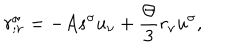
r _ { ; \nu } ^ { \sigma } = - A s ^ { \sigma } u _ { \nu } + \frac { \Theta } { 3 } r _ { \nu } u ^ { \sigma } ,